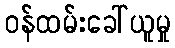
ဝန်ထမ်းခေါ်ယူမှု